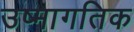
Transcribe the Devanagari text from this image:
उष्मागतिक